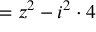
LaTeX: = z ^ { 2 } - i ^ { 2 } \cdot 4